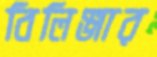
বিলিঞ্জার